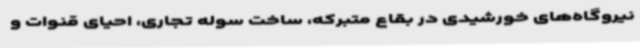
نیروگاه‌های خورشیدی در بقاع متبرکه، ساخت سوله تجاری، احیای قنوات و